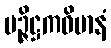
မဉ္ဇိဋ္ဌကဝိမာနံ